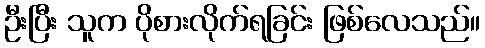
ဦးပြီး သူက ပိုစားလိုက်ရခြင်း ဖြစ်လေသည်။